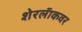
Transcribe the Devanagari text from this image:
शेरलॅाकवर